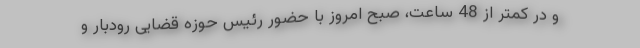
و در کمتر از 48 ساعت، صبح امروز با حضور رئیس حوزه قضایی رودبار و